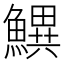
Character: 𬵫